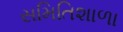
સમિતિશાળા